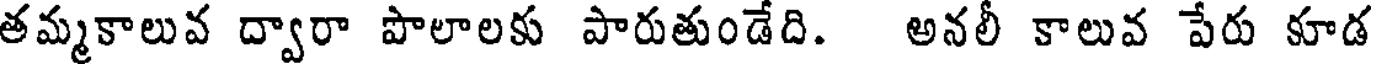
తమ్మకాలువ ద్వారా పొలాలకు పారుతుండేది. అనలీ కాలువ పేరు కూడ